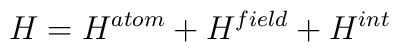
H=H^{atom}+H^{field}+H^{int}